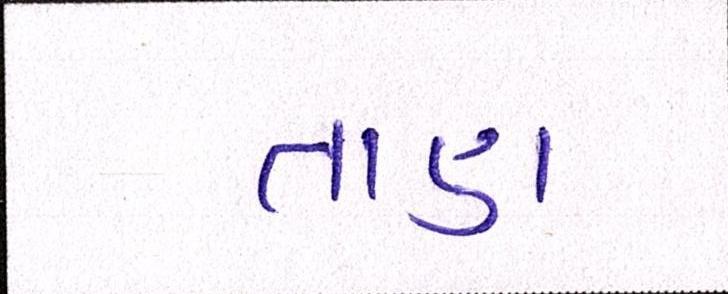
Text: તાણ